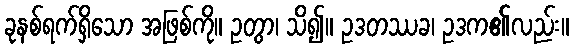
ခုနစ်ရက်ရှိသော အဖြစ်ကို။ ဥတွာ၊ သိ၍။ ဥဒတဿခ၊ ဥဒက၏လည်း။